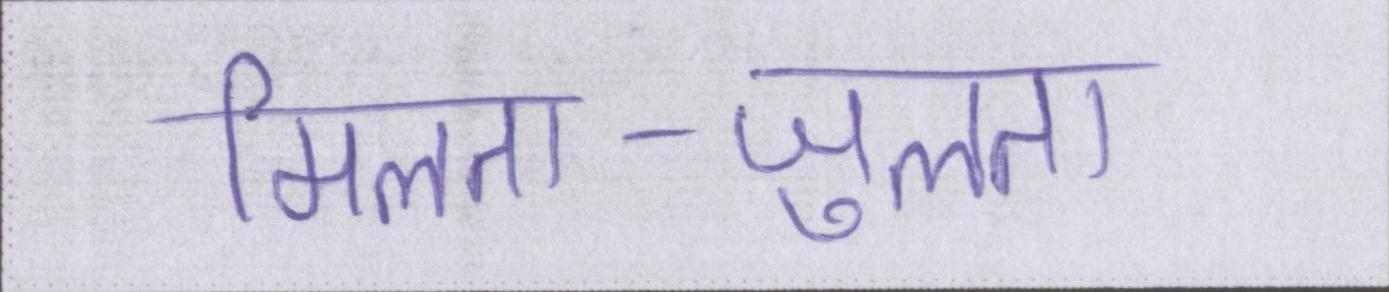
मिलता-जुलता